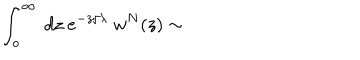
\int _ { o } ^ { \infty } \ d z \ e ^ { - z / \lambda } \ w ^ { N } ( z ) \sim